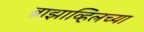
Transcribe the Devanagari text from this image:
ब्राझाव्हिलच्या